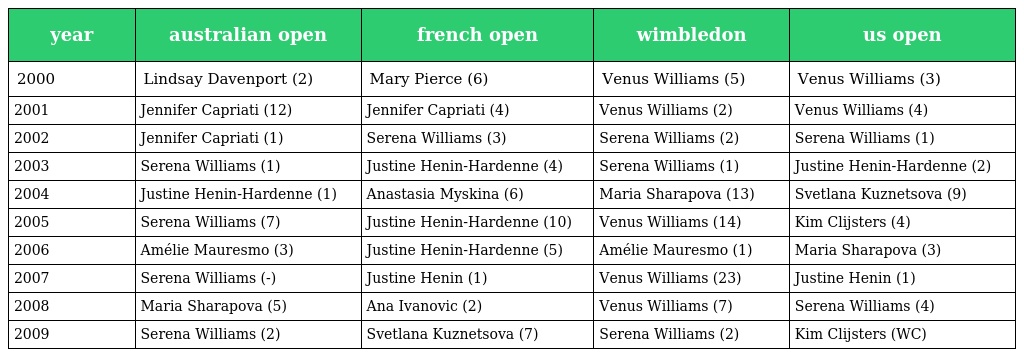
| year | australian open | french open | wimbledon | us open |
 | --- | --- | --- | --- | --- |
 | 2000 | Lindsay Davenport (2) | Mary Pierce (6) | Venus Williams (5) | Venus Williams (3) |
 | 2001 | Jennifer Capriati (12) | Jennifer Capriati (4) | Venus Williams (2) | Venus Williams (4) |
 | 2002 | Jennifer Capriati (1) | Serena Williams (3) | Serena Williams (2) | Serena Williams (1) |
 | 2003 | Serena Williams (1) | Justine Henin-Hardenne (4) | Serena Williams (1) | Justine Henin-Hardenne (2) |
 | 2004 | Justine Henin-Hardenne (1) | Anastasia Myskina (6) | Maria Sharapova (13) | Svetlana Kuznetsova (9) |
 | 2005 | Serena Williams (7) | Justine Henin-Hardenne (10) | Venus Williams (14) | Kim Clijsters (4) |
 | 2006 | Amélie Mauresmo (3) | Justine Henin-Hardenne (5) | Amélie Mauresmo (1) | Maria Sharapova (3) |
 | 2007 | Serena Williams (-) | Justine Henin (1) | Venus Williams (23) | Justine Henin (1) |
 | 2008 | Maria Sharapova (5) | Ana Ivanovic (2) | Venus Williams (7) | Serena Williams (4) |
 | 2009 | Serena Williams (2) | Svetlana Kuznetsova (7) | Serena Williams (2) | Kim Clijsters (WC) |